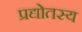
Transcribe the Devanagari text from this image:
प्रद्योतस्य